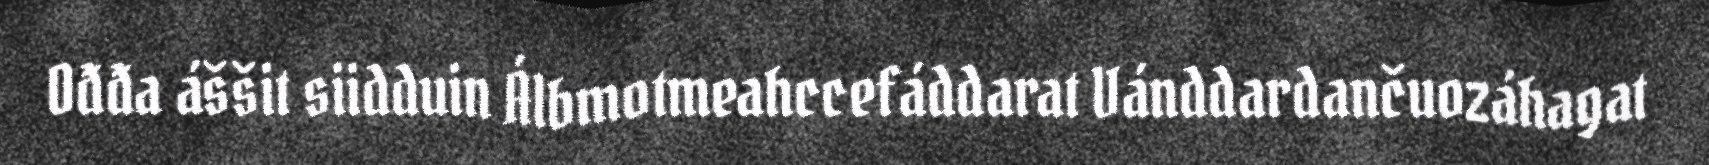
Ođđa áššit siidduin Álbmotmeahccefáddarat Vánddardančuozáhagat